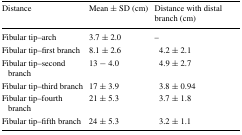
<table><thead><tr><td><b>Distance</b></td><td><b>Mean ± SD (cm)</b></td><td><b>Distance with distal branch (cm)</b></td></tr></thead><tbody><tr><td>Fibular tip–arch</td><td>3.7 ± 2.0</td><td>–</td></tr><tr><td>Fibular tip–first branch</td><td>8.1 ± 2.6</td><td>4.2 ± 2.1</td></tr><tr><td>Fibular tip–second branch</td><td>13 − 4.0</td><td>4.9 ± 2.7</td></tr><tr><td>Fibular tip–third branch</td><td>17 ± 3.9</td><td>3.8 ± 0.94</td></tr><tr><td>Fibular tip–fourth branch</td><td>21 ± 5.3</td><td>3.7 ± 1.8</td></tr><tr><td>Fibular tip–fifth branch</td><td>24 ± 5.3</td><td>3.2 ± 1.1</td></tr></tbody></table>